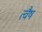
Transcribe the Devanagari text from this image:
त्वैष